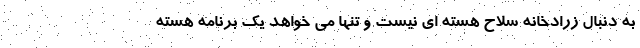
به دنبال زرادخانه سلاح هسته ای نیست و تنها می خواهد یک برنامه هسته